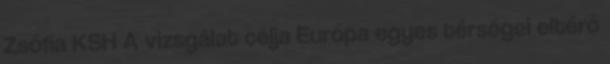
Zsófia KSH A vizsgálat célja Európa egyes térségei eltérő